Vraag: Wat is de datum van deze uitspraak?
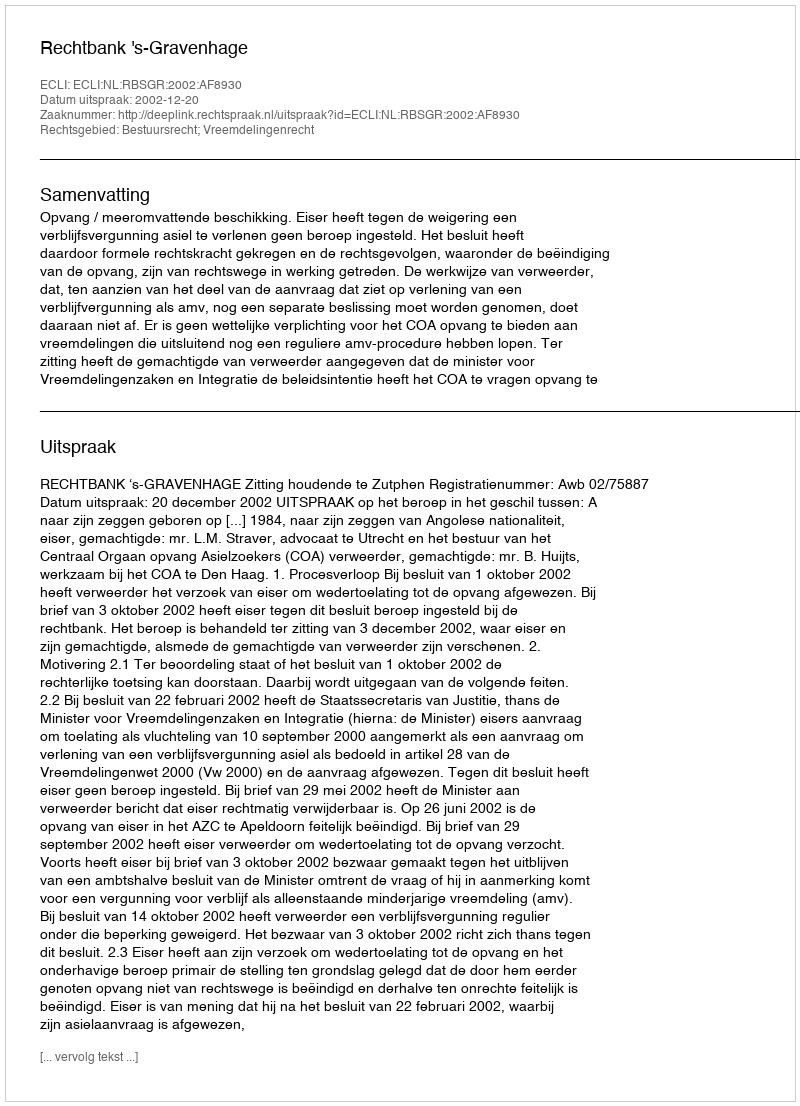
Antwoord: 2002-12-20